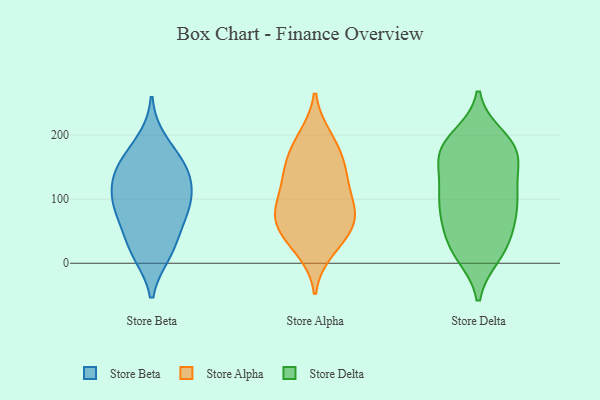
{"axis": {"x": "Page Views", "y": "Value"}, "legend": ["Store Alpha", "Store Beta", "Store Delta"], "data": [{"x": "", "y": 16, "type": "Store Beta"}, {"x": "", "y": 89, "type": "Store Beta"}, {"x": "", "y": 156, "type": "Store Beta"}, {"x": "", "y": 97, "type": "Store Beta"}, {"x": "", "y": 17, "type": "Store Beta"}, {"x": "", "y": 190, "type": "Store Beta"}, {"x": "", "y": 133, "type": "Store Beta"}, {"x": "", "y": 144, "type": "Store Beta"}, {"x": "", "y": 70, "type": "Store Beta"}, {"x": "", "y": 113, "type": "Store Beta"}, {"x": "", "y": 40, "type": "Store Beta"}, {"x": "", "y": 87, "type": "Store Beta"}, {"x": "", "y": 153, "type": "Store Beta"}, {"x": "", "y": 197, "type": "Store Alpha"}, {"x": "", "y": 142, "type": "Store Alpha"}, {"x": "", "y": 31, "type": "Store Alpha"}, {"x": "", "y": 66, "type": "Store Alpha"}, {"x": "", "y": 88, "type": "Store Alpha"}, {"x": "", "y": 192, "type": "Store Alpha"}, {"x": "", "y": 53, "type": "Store Alpha"}, {"x": "", "y": 51, "type": "Store Alpha"}, {"x": "", "y": 153, "type": "Store Alpha"}, {"x": "", "y": 82, "type": "Store Alpha"}, {"x": "", "y": 167, "type": "Store Alpha"}, {"x": "", "y": 133, "type": "Store Alpha"}, {"x": "", "y": 123, "type": "Store Alpha"}, {"x": "", "y": 89, "type": "Store Alpha"}, {"x": "", "y": 20, "type": "Store Alpha"}, {"x": "", "y": 78, "type": "Store Alpha"}, {"x": "", "y": 30, "type": "Store Delta"}, {"x": "", "y": 181, "type": "Store Delta"}, {"x": "", "y": 106, "type": "Store Delta"}, {"x": "", "y": 57, "type": "Store Delta"}, {"x": "", "y": 162, "type": "Store Delta"}, {"x": "", "y": 132, "type": "Store Delta"}, {"x": "", "y": 196, "type": "Store Delta"}, {"x": "", "y": 90, "type": "Store Delta"}, {"x": "", "y": 86, "type": "Store Delta"}, {"x": "", "y": 172, "type": "Store Delta"}, {"x": "", "y": 175, "type": "Store Delta"}, {"x": "", "y": 22, "type": "Store Delta"}, {"x": "", "y": 179, "type": "Store Delta"}, {"x": "", "y": 183, "type": "Store Delta"}, {"x": "", "y": 18, "type": "Store Delta"}, {"x": "", "y": 82, "type": "Store Delta"}, {"x": "", "y": 113, "type": "Store Delta"}, {"x": "", "y": 125, "type": "Store Delta"}, {"x": "", "y": 14, "type": "Store Delta"}, {"x": "", "y": 62, "type": "Store Delta"}]}